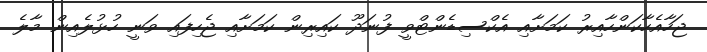
ޖަހާއެހާކަންހާއިރު ކަމަށާއި އެކްސިޑެންޓްވީ ފުނަދޫ ކައިރިން ކަމަށާއި ޖެހިފައި ވަނީ ހުޅުލެއިން މާލެ